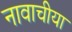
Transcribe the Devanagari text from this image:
नावाचीया